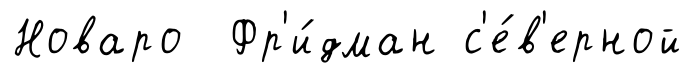
Новаро Фр'и́дман с'е́в'ерной